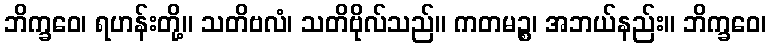
ဘိက္ခဝေ၊ ရဟန်းတို့။ သတိဗလံ၊ သတိဗိုလ်သည်။ ကတမဉ္စ၊ အဘယ်နည်း။ ဘိက္ခဝေ၊